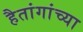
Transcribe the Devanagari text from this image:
हैतांगांच्या